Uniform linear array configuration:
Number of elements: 8
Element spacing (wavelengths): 0.75
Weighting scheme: cosine
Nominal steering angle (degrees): -30
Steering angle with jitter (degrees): -29.284
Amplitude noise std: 0.05
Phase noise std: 0.05

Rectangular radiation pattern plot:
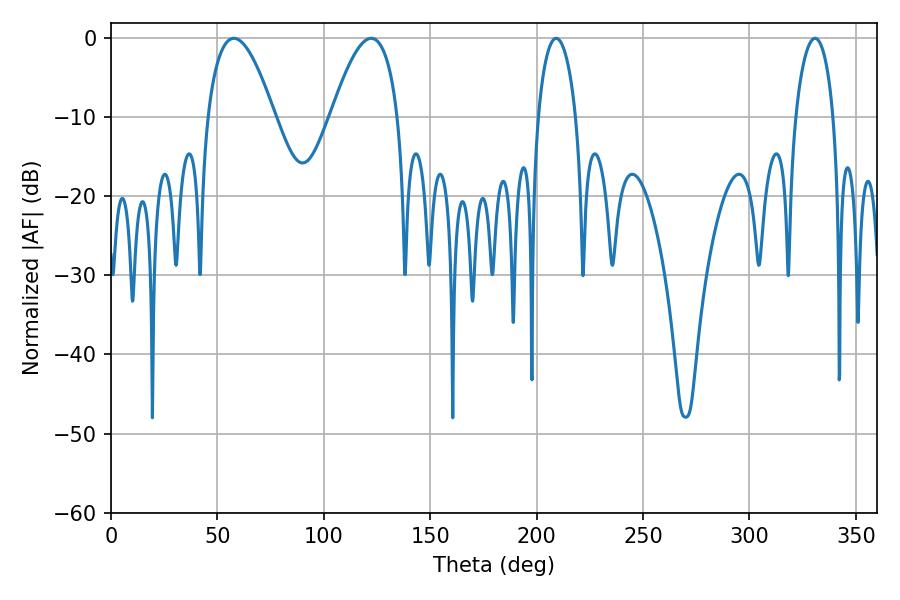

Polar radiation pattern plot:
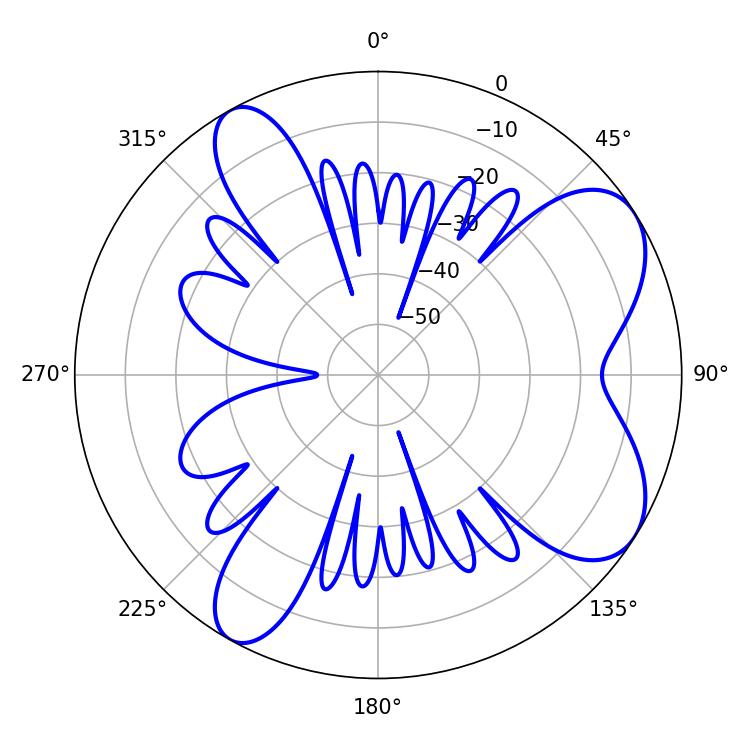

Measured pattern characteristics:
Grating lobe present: TRUE
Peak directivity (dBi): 7.28
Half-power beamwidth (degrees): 17.28
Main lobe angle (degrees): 57.78